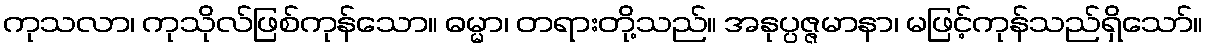
ကုသလာ၊ ကုသိုလ်ဖြစ်ကုန်သော။ ဓမ္မာ၊ တရားတို့သည်။ အနုပ္ပဇ္ဇမာနာ၊ မဖြင့်ကုန်သည်ရှိသော်။